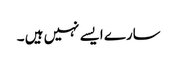
سارے ایسے نہیں ہیں ۔